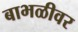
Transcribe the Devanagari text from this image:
बाभळीवर